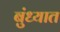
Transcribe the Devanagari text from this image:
बुंध्यात